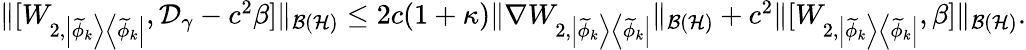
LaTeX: \begin{array}{r}{\| [W_{2,\left|\widetilde{\phi}_{k}\right>\left<\widetilde{\phi}_{k}\right|},\mathcal D_{\gamma}-c^{2}\beta]\| _{\mathcal{B}(\mathcal{H})}\leq 2c(1+\kappa)\| \nabla W_{2,\left|\widetilde{\phi}_{k}\right>\left<\widetilde{\phi}_{k}\right|}\| _{\mathcal{B}(\mathcal{H})}+c^{2}\| [W_{2,\left|\widetilde{\phi}_{k}\right>\left<\widetilde{\phi}_{k}\right|},\beta]\| _{\mathcal{B}(\mathcal{H})}.}\end{array}